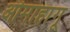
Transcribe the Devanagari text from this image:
ओमाहांगू